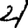
Digit: 4